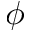
\phi